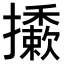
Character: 𢹀